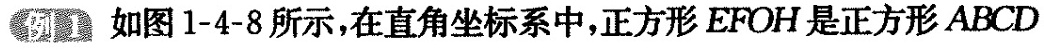
例1如图1-4-8所示，在直角坐标系中，正方形EFOH是正方形ABCD